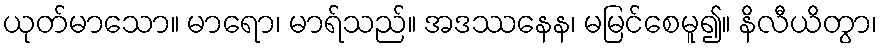
ယုတ်မာသော။ မာရော၊ မာရ်သည်။ အဒဿနေန၊ မမြင်စေမူ၍။ နိလီယိတွာ၊